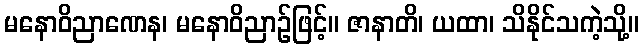
မနောဝိညာဏေန၊ မနောဝိညာဉ်ဖြင့်။ ဇာနာတိ၊ ယထာ၊ သိနိုင်သကဲ့သို့။